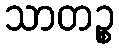
သာတဉ္စ